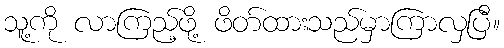
သူ့ကို လာကြည့်ဖို့ ဖိတ်ထားသည်မှာကြာလှပြီ။